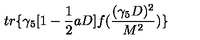
t r \{ \gamma _ { 5 } [ 1 - \frac { 1 } { 2 } a D ] f ( \frac { ( \gamma _ { 5 } D ) ^ { 2 } } { M ^ { 2 } } ) \}